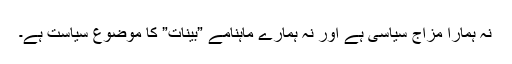
نہ ہمارا مزاج سیاسی ہے اور نہ ہمارے ماہنامے ”بینات” کا موضوع سیاست ہے۔